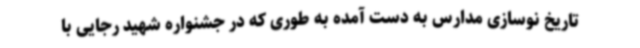
تاریخ نوسازی مدارس به دست آمده به طوری که در جشنواره شهید رجایی با